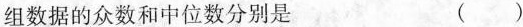
组数据的众数和中位数分别是 ()